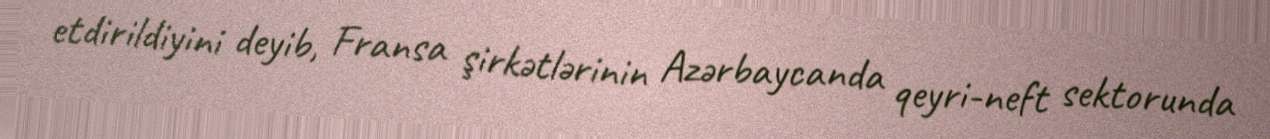
etdirildiyini deyib, Fransa şirkətlərinin Azərbaycanda qeyri-neft sektorunda